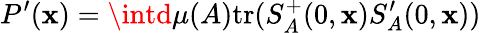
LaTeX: P^{\prime}(\mathbf{x})=\intd\mu(A)\mathrm{{tr}}(S_{A}^{+}(0,\mathbf{x})S_{A}^{\prime}(0,\mathbf{x}))